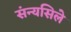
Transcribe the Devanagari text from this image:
संन्यसिले